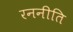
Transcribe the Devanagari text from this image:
रननीति